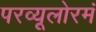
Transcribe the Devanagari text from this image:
परव्यूलोरमं